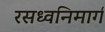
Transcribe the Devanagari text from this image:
रसध्वनिमार्ग